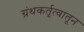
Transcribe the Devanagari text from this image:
ग्रंथकर्तृत्वातून